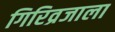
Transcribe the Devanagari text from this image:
गिरिव्रजाला